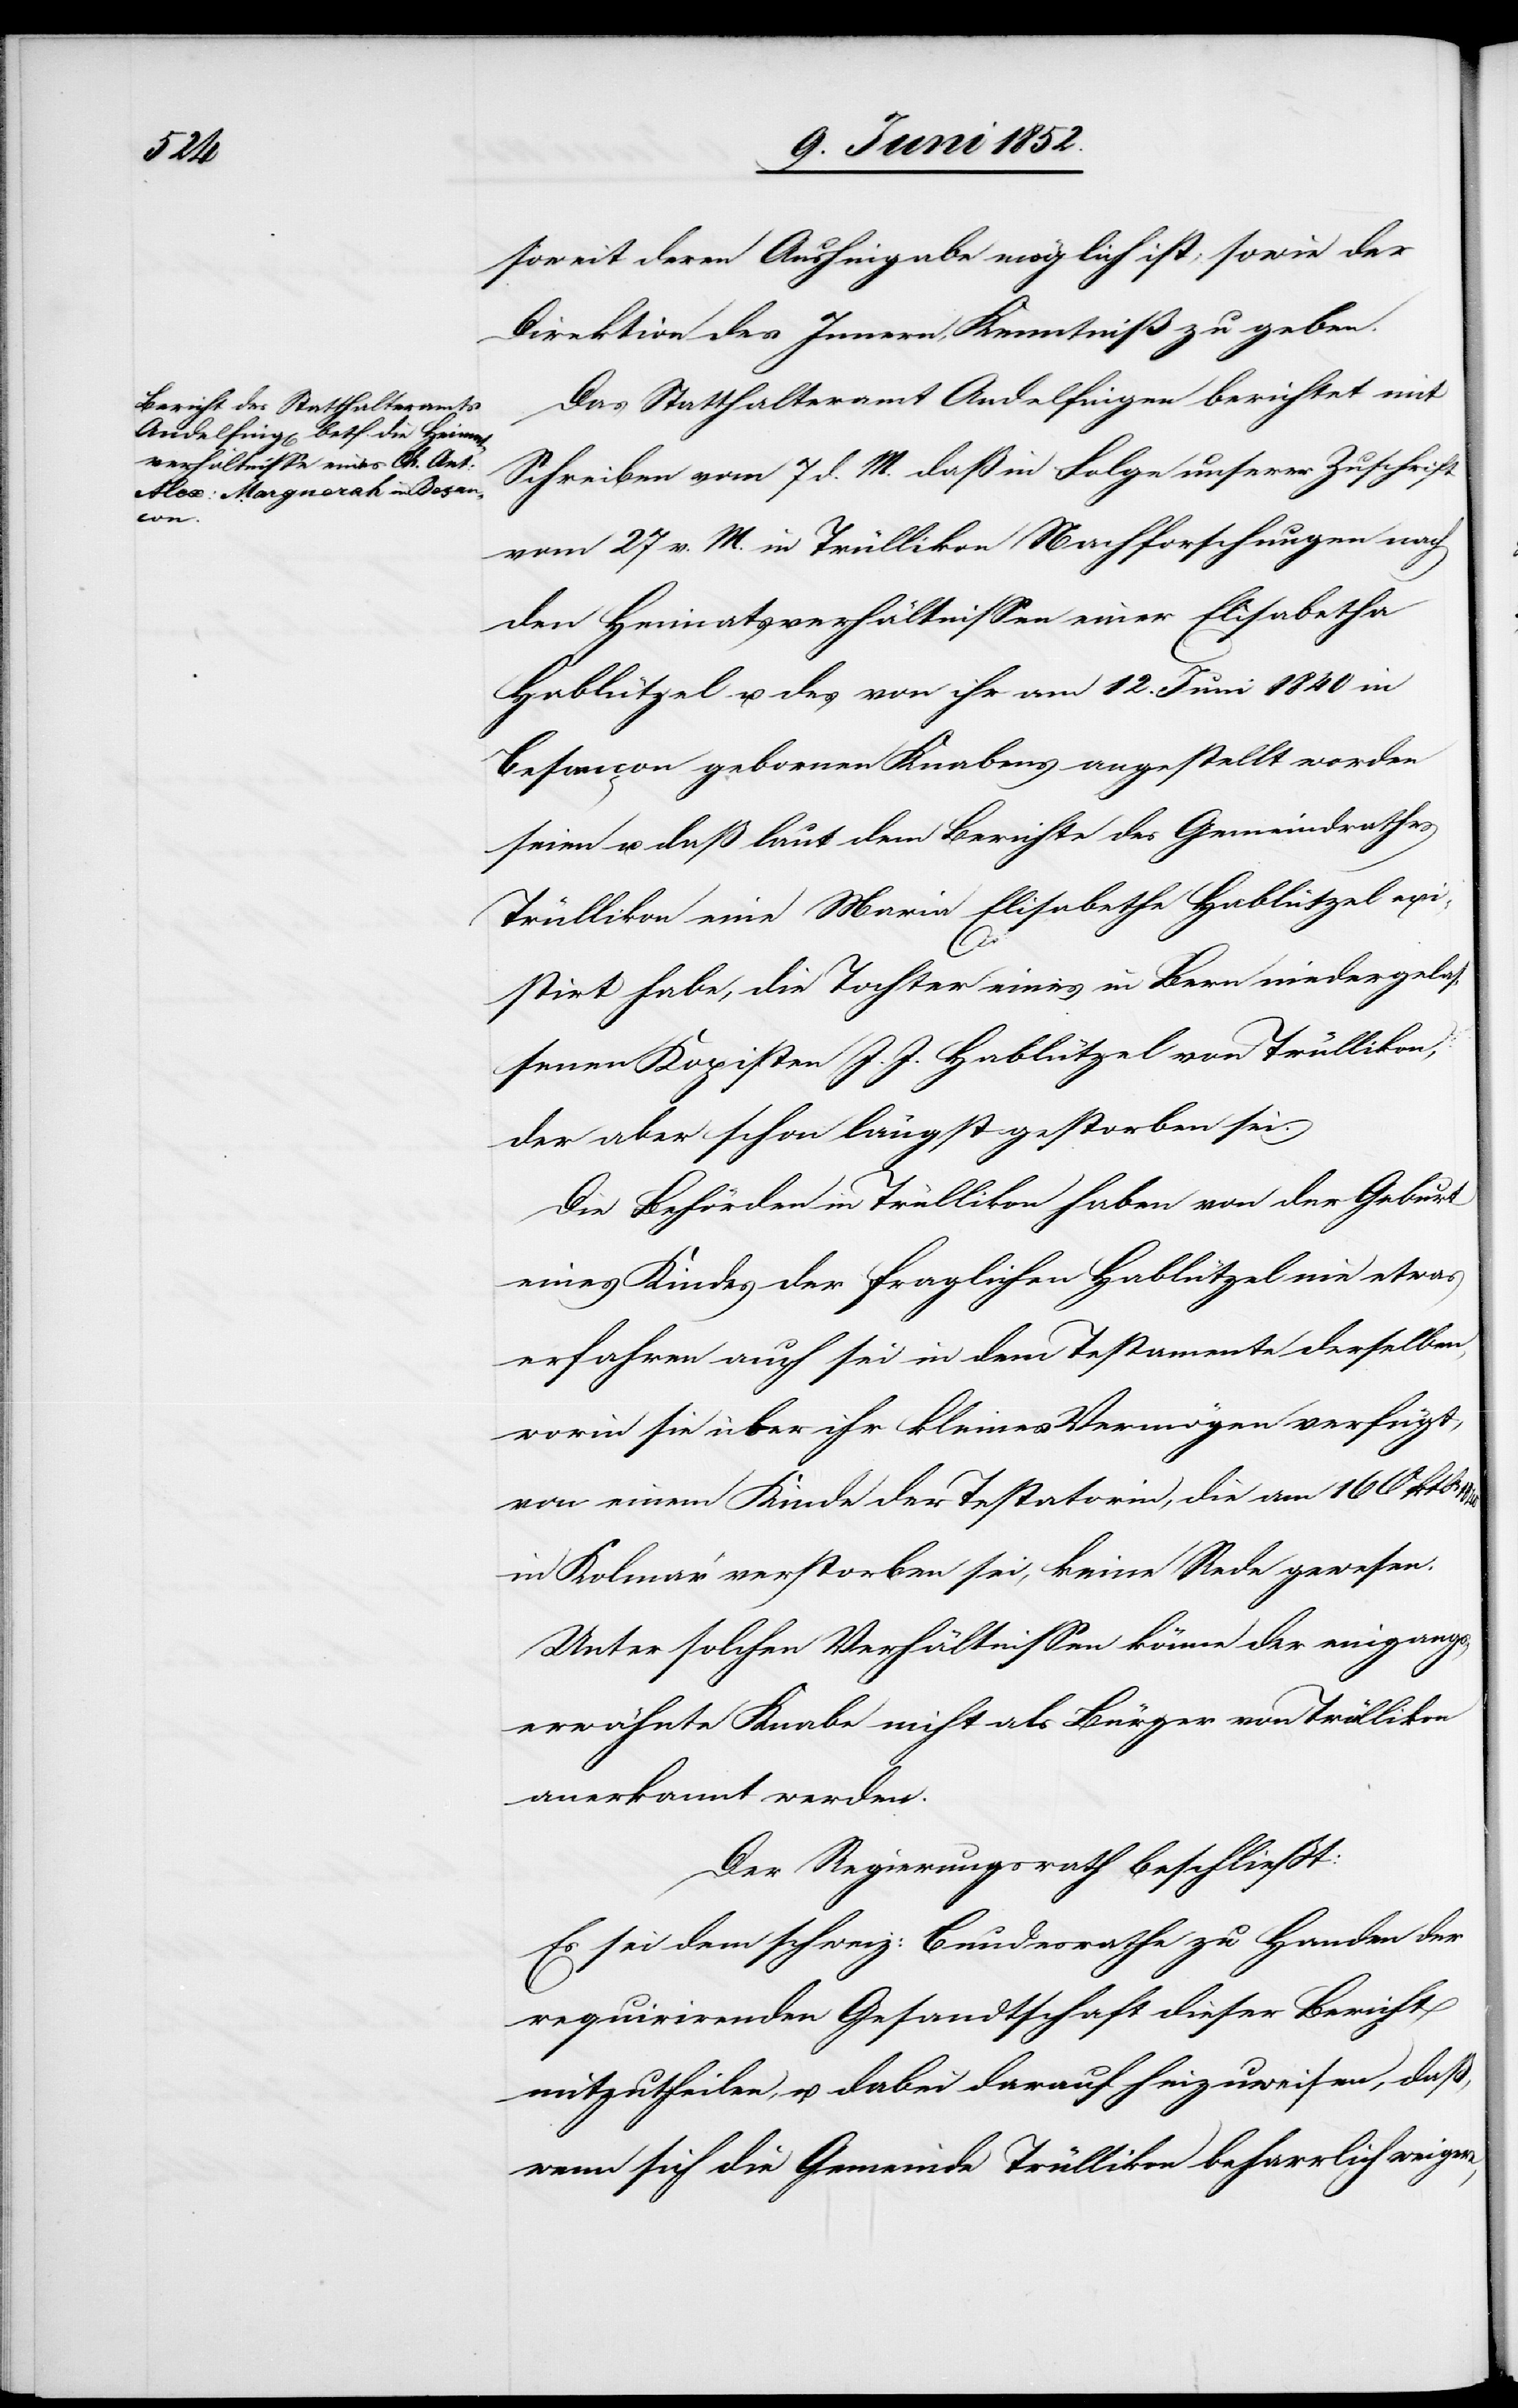
1840

soweit deren Aushingabe möglich ist, sowie der
Direktion des Innern, Kenntniß zu geben.
Das Statthalteramt Andelfingen berichtet mit
Schreiben vom 7 d. M. daß in Folge unserer Zuschrift
vom 27 v. M. in Trüllikon Nachforschungen nach
den Heimatsverhältnissen einer Elisabetha
Hablützel u. des von ihr am 12. Juni 1840 in
Besançon gebornen Knabens angestellt worden
seien u. daß laut dem Berichte des Gemeindrathes
Trüllikon eine Maria Elisabethe Hablützel exi¬
stirt habe, die Tochter eines in Bern niedergelas¬
senen Kopisten J. J. Hablützel von Trüllikon,
der aber schon längst gestorben sei.
Die Behörden in Trüllikon haben von der Geburt
eines Kindes der fraglichen Hablützel nie etwas
erfahren auch sei in dem Testamente derselben,
worin sie über ihr kleines Vermögen verfügt,
von einem Kinde der Testatorin, die am 16 Oktbr
in Kolmar verstorben sei, keine Rede gewesen.
Unter solchen Verhältnissen könne der eingang¬
serwähnte Knabe nicht als Bürger von Trüllikon
anerkannt werden.
Der Regierungsrath beschliesst:
Es sei dem schweiz: Bundesrathe zu Handen der
requirirenden Gesandtschaft dieser Bericht
mitzutheilen, u. dabei darauf hinzuweisen, daß,
wenn sich die Gemeinde Trüllikon beharrlich weigere,